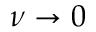
\nu \rightarrow 0